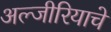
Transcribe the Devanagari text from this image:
अल्जीरियाचे